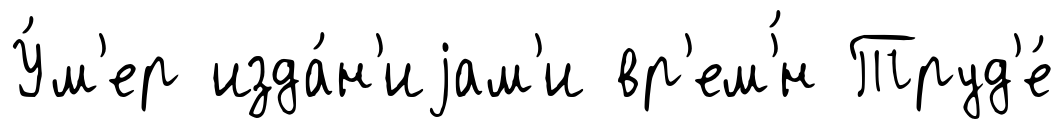
У́м'ер изда́н'иjам'и вр'ем'́н Труд'е́